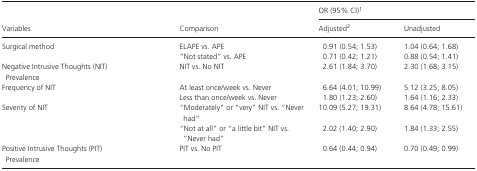
<table><thead><tr><td rowspan="2"><b>Variables</b></td><td rowspan="2"><b>Comparison</b></td><td colspan="2"><b>OR (95% CI)a</b></td></tr><tr><td><b>Adjustedb</b></td><td><b>Unadjusted</b></td></tr></thead><tbody><tr><td rowspan="2">Surgical method</td><td>ELAPE vs. APE</td><td>0.91 (0.54; 1.53)</td><td>1.04 (0.64; 1.68)</td></tr><tr><td>“Not stated” vs. APE</td><td>0.71 (0.42; 1.21)</td><td>0.88 (0.54; 1.41)</td></tr><tr><td>Negative Intrusive Thoughts (NIT)Prevalence</td><td>NIT vs. No NIT</td><td>2.61 (1.84; 3.70)</td><td>2.30 (1.68; 3.15)</td></tr><tr><td rowspan="2">Frequency of NIT</td><td>At least once/week vs. Never</td><td>6.64 (4.01; 10.99)</td><td>5.12 (3.25; 8.05)</td></tr><tr><td>Less than once/week vs. Never</td><td>1.80 (1.23; 2.60)</td><td>1.64 (1.16; 2.33)</td></tr><tr><td rowspan="2">Severity of NIT</td><td>“Moderately” or “very” NIT vs. “Never had”</td><td>10.09 (5.27; 19.31)</td><td>8.64 (4.78; 15.61)</td></tr><tr><td>“Not at all” or “a little bit” NIT vs. “Never had”</td><td>2.02 (1.40; 2.90)</td><td>1.84 (1.33; 2.55)</td></tr><tr><td>Positive Intrusive Thoughts (PIT)Prevalence</td><td>PIT vs. No PIT</td><td>0.64 (0.44; 0.94)</td><td>0.70 (0.49; 0.99)</td></tr></tbody></table>